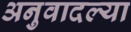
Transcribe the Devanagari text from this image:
अनुवादल्या